Scottish Certificate of Education, 1962
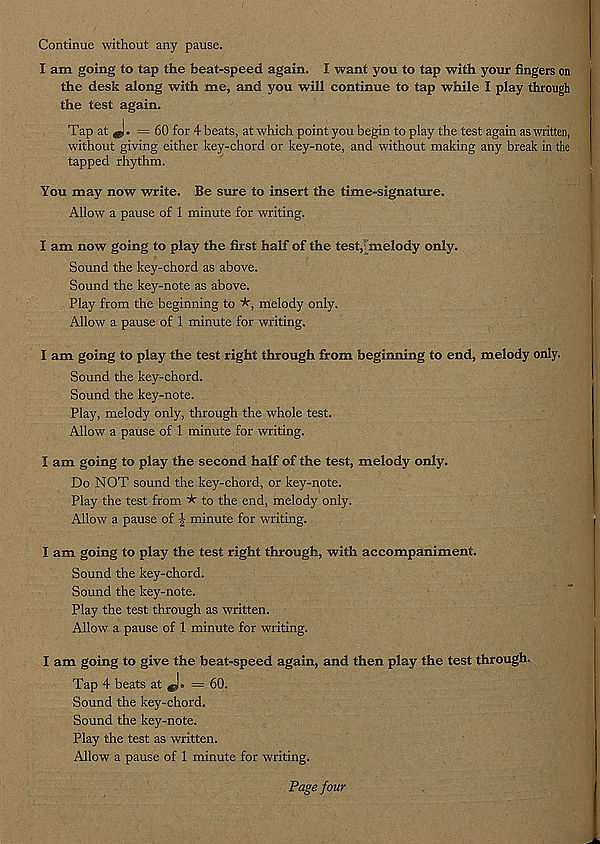
Continue without any pause.
I am going to tap the beat-speed again. I want you to tap with your fingers on
the desk along with me, and you will continue to tap while I play through
the test again.
Tap at ^. =60 for 4 beats, at which point you begin to play the test again as written,
without giving either key-chord or key-note, and without making any break in the
tapped rhythm.
You may now write. Be sure to insert the time-signature.
Allow a pause of 1 minute for writing.
I am now going to play the first half of the test,' melody only.
Sound the key-chord as above.
Sound the key-note as above.
Play from the beginning to *, melody only.
Allow a pause of 1 minute for writing.
I am going to play the test right through from beginning to end, melody only.
Sound the key-chord.
Sound the key-note.
Play, melody only, through the whole test.
Allow a pause of 1 minute for writing.
I am going to play the second half of the test, melody only.
Do NOT sound the key-chord, or key-note.
Play the test from * to the end, melody only.
Allow a pause of minute for writing.
I am going to play the test right through, with accompaniment.
Sound the key-chord.
Sound the key-note.
Play the test through as written.
Allow a pause of 1 minute for writing.
I am going to give the beat-speed again, and then play the test through.
Tap 4 beats at J. = 60.
Sound the key-chord.
Sound the key-note.
Play the test as written.
Allow a pause of 1 minute for writing.
Page four